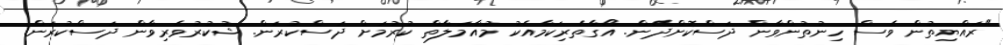
"ރައްޔިތުން ވެސް ހިނުތުންވާން ދަސްކޮށްދޭން. އޯގާތެރިކަމާއެކު މުއާމަލާތް ކުރުމަށް ދަސްކުރަން. ޝުކުރުވެރިވާން ދަސްކުރަން.